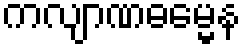
ကလျာဏဓမ္မေန